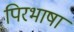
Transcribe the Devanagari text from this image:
पिरभाषा